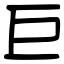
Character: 巨